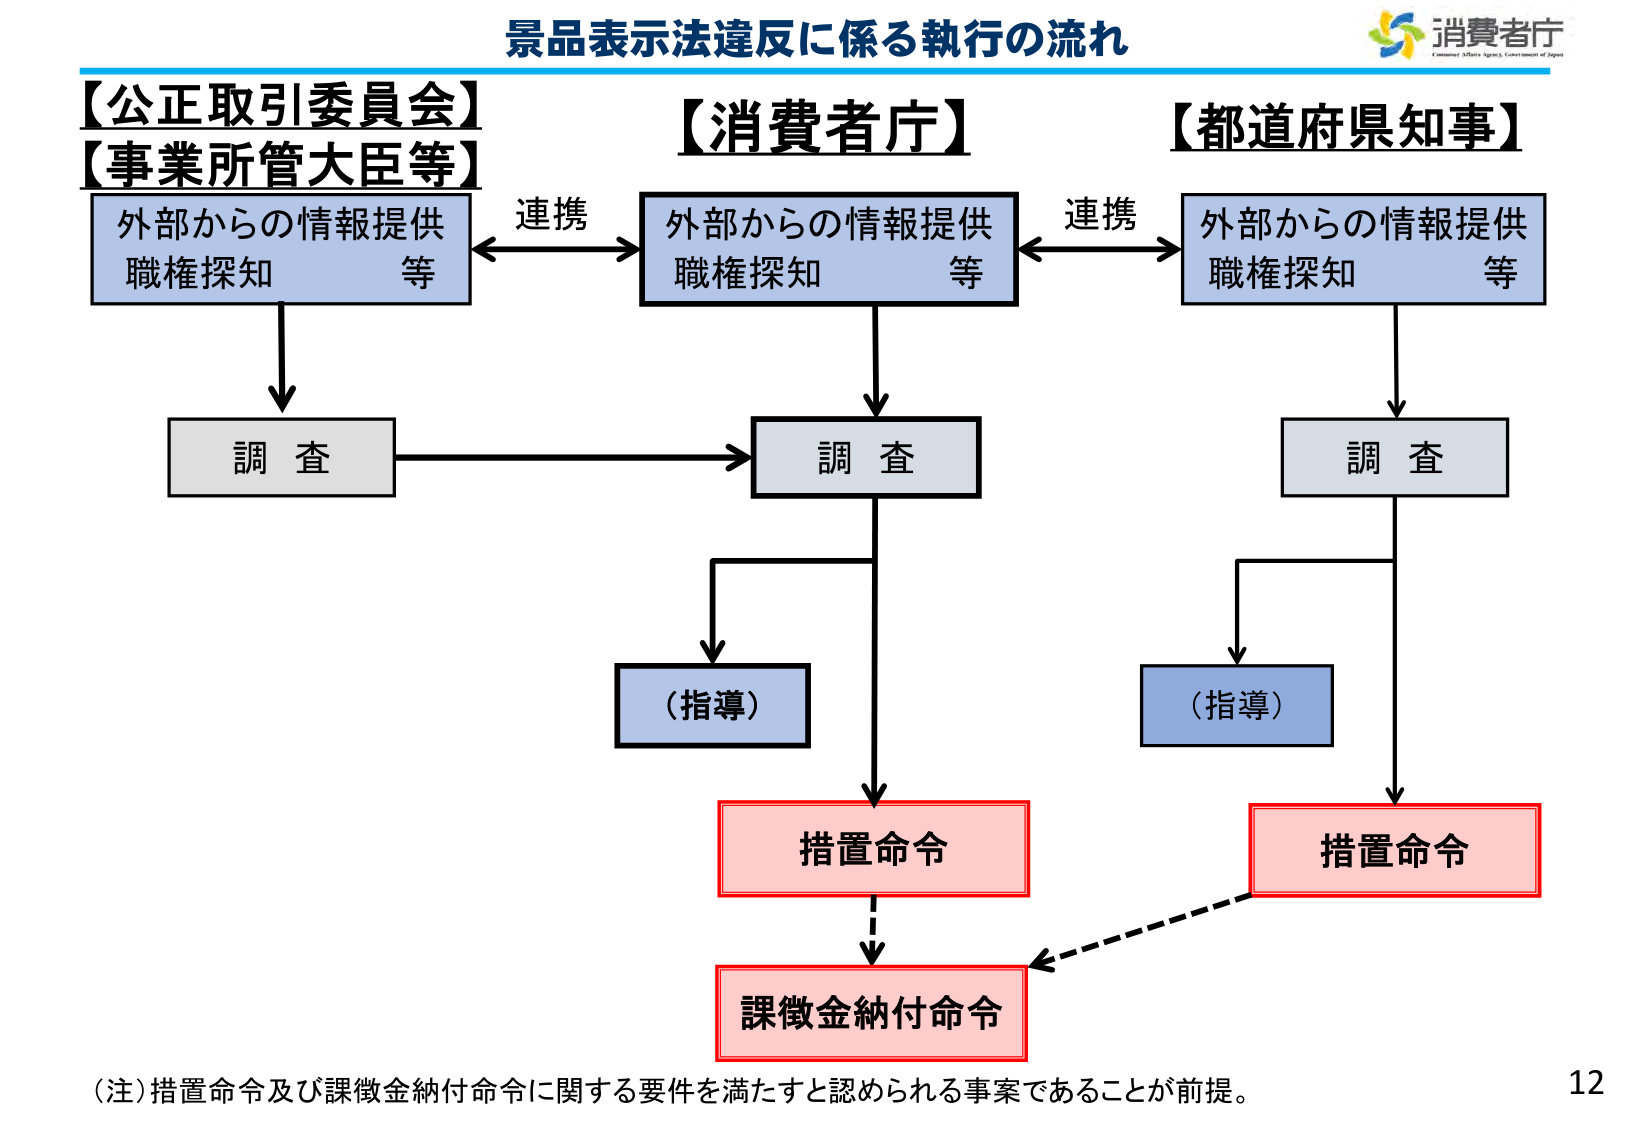
景品表示法違反に係る執行の流れ
消費者庁
【公正取引委員会】
【事業所管大臣等】
外部からの情報提供
職権探知 等
連携
【消費者庁】
外部からの情報提供
職権探知 等
連携
【都道府県知事】
外部からの情報提供
職権探知 等
調査
調査
調査
（指導）
（指導）
措置命令
措置命令
課徴金納付命令
（注）措置命令及び課徴金納付命令に関する要件を満たすと認められる事案であることが前提。
12